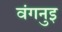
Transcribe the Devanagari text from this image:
वंगनुइ